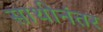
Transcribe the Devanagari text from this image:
साथीनंतर